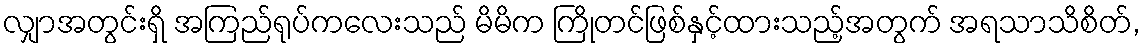
လျှာအတွင်းရှိ အကြည်ရုပ်ကလေးသည် မိမိက ကြိုတင်ဖြစ်နှင့်ထားသည့်အတွက် အရသာသိစိတ်,